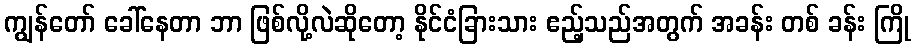
ကျွန်တော် ခေါ်နေတာ ဘာ ဖြစ်လို့လဲဆိုတော့ နိုင်ငံခြားသား ဧည့်သည်အတွက် အခန်း တစ် ခန်း ကြို